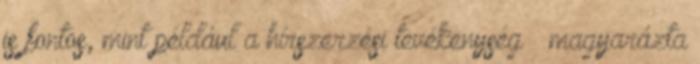
is fontos, mint például a hírszerzési tevékenység – magyarázta